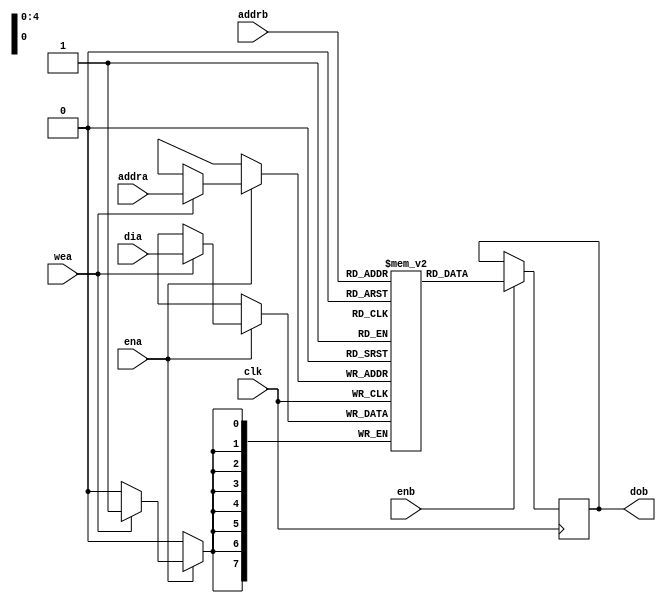
/*
 * Copyright 2019 International Business Machines
 *
 * Licensed under the Apache License, Version 2.0 (the "License");
 * you may not use this file except in compliance with the License.
 * You may obtain a copy of the License at
 *
 *     http://www.apache.org/licenses/LICENSE-2.0
 *
 * Unless required by applicable law or agreed to in writing, software
 * distributed under the License is distributed on an "AS IS" BASIS,
 * WITHOUT WARRANTIES OR CONDITIONS OF ANY KIND, either express or implied.
 * See the License for the specific language governing permissions and
 * limitations under the License.
 */
`timescale 1ns/1ps

module ram_simple_dual #(parameter DATA_WIDTH = 8, parameter ADDR_WIDTH = 5, parameter DISTR = 0) (clk,ena,enb,wea,addra,addrb,dia,dob);

   parameter DEPTH = 2**ADDR_WIDTH;

   input clk,ena,enb,wea;
   input [ADDR_WIDTH-1:0] addra,addrb;
   input [DATA_WIDTH-1:0] dia;
   output [DATA_WIDTH-1:0] dob;
   reg [DATA_WIDTH-1:0] ram [DEPTH-1:0];
   reg [DATA_WIDTH-1:0] dob;
  

   generate
     if (DISTR) begin : distributed_ram
       (* ram_style = "distributed" *)reg [DATA_WIDTH-1:0] ram [DEPTH-1:0];
       integer i;
       initial for (i=0; i<DEPTH; i=i+1) ram[i] = 0;

       always @(posedge clk) begin
        if (ena) begin
           if (wea)
               ram[addra] <= dia;
       end end

       always @(posedge clk) begin
         if (enb)
           dob <= ram[addrb];
       end
     end

     else begin : block_ram
       reg [DATA_WIDTH-1:0] ram [DEPTH-1:0];
       integer i;
       initial for (i=0; i<DEPTH; i=i+1) ram[i] = 0;

       always @(posedge clk) begin
        if (ena) begin
           if (wea)
               ram[addra] <= dia;
       end end

       always @(posedge clk) begin
         if (enb)
           dob <= ram[addrb];
       end
     end
   endgenerate


endmodule